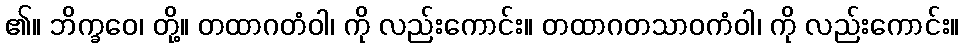
၏။ ဘိက္ခဝေ၊ တို့။ တထာဂတံဝါ၊ ကို လည်းကောင်း။ တထာဂတသာဝကံဝါ၊ ကို လည်းကောင်း။